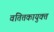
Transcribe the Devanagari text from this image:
वतित्तकायुक्त